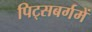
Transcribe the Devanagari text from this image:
पिट्सबर्गमें